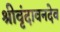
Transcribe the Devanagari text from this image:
श्रीवृंदावनदेव